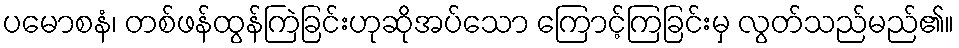
ပမောစနံ၊ တစ်ဖန်ထွန်ကြဲခြင်းဟုဆိုအပ်သော ကြောင့်ကြခြင်းမှ လွတ်သည်မည်၏။